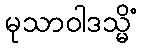
မုသာဝါဒသ္မိံ